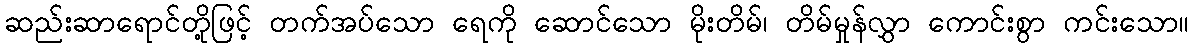
ဆည်းဆာရောင်တို့ဖြင့် တက်အပ်သော ရေကို ဆောင်သော မိုးတိမ်၊ တိမ်မှုန်လွှာ ကောင်းစွာ ကင်းသော။